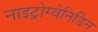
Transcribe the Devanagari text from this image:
नाइट्रोग्वेनिडिन